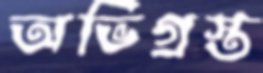
অভিগ্রস্ত